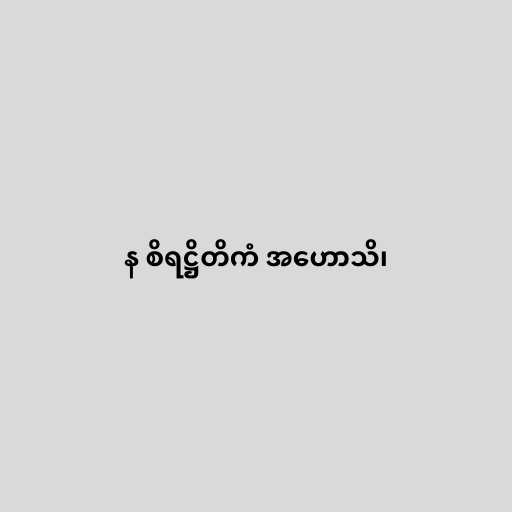
န စိရဋ္ဌိတိကံ အဟောသိ၊